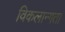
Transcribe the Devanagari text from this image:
विकलान्गता